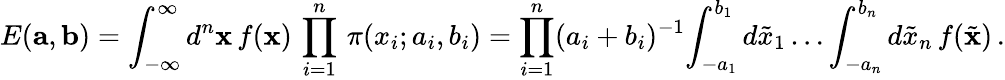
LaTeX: E({\mathbf a},{\mathbf b})=\int_{-\infty}^{\infty}d^{n}{\mathbf x}\, f({\mathbf x})\, \prod_{i=1}^{n}\, \pi(x_{i};a_{i},b_{i})=\prod_{i=1}^{n}(a_{i}+b_{i})^{-1}\! \int_{-a_{1}}^{b_{1}}d\tilde{x}_{1}\dots\int_{-a_{n}}^{b_{n}}d\tilde{x}_{n}\, f(\tilde{\mathbf x})\, .